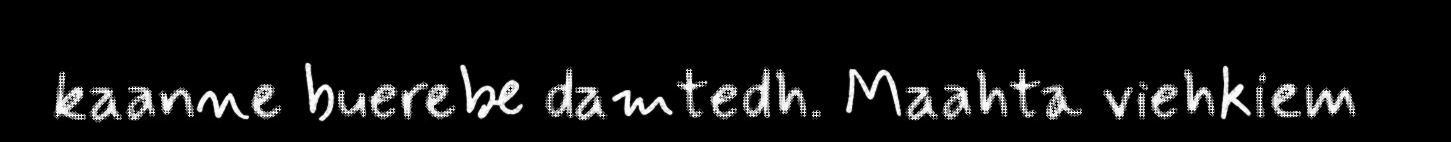
kaanne buerebe damtedh. Maahta viehkiem